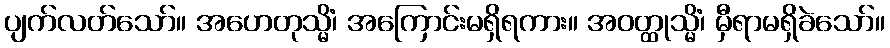
ပျက်လတ်သော်။ အဟေတုသ္မိံ၊ အကြောင်းမရှိရကား။ အဝတ္ထုသ္မိံ၊ မှီရာမရှိခဲသော်။